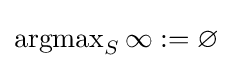
\operatorname {argmax} _{S}\infty :=\varnothing